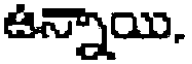
ఉన్నాయి.